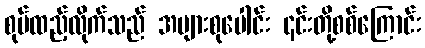
စုပ်ထည့်လိုက်သည် အများစုပေါင်း ၎င်းတို့စစ်ကြောင်း